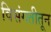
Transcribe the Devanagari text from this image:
विसंगतीतून